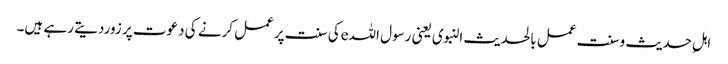
اہلِ حدیث وسنت عمل بالحدیث النبوی یعنی رسول اللہeکی سنت پرعمل کرنے کی دعوت پر زوردیتے رہے ہیں۔